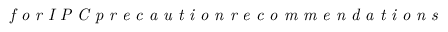
\textit { f o r I P C p r e c a u t i o n r e c o m m e n d a t i o n s }